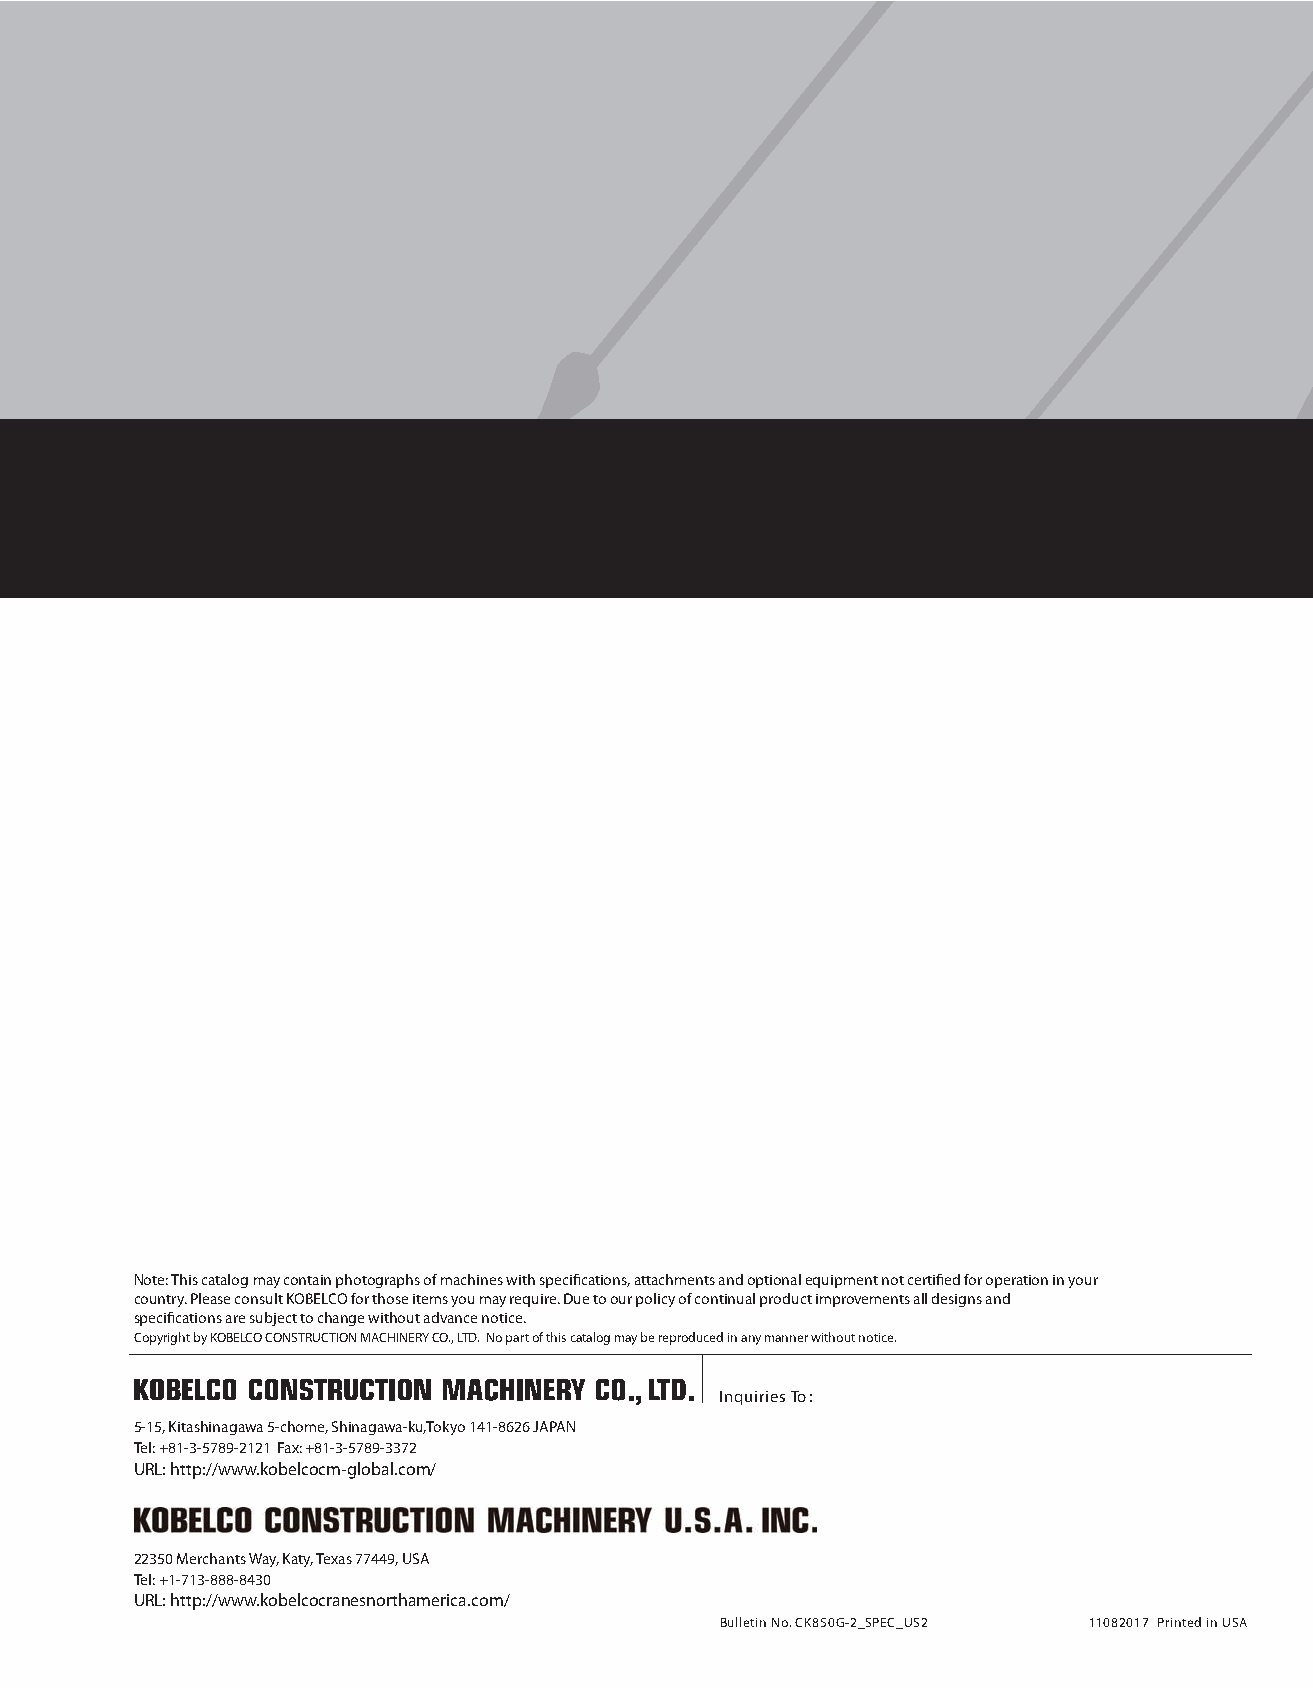
Note: This catalog may contain photographs of machines with specifications, attachments and optional equipment not certified for operation in your
 country. Please consult KOBELCO for those items you may require. Due to our policy of continual product improvements all designs and
 specifications are subject to change without advance notice.
 Copyright by KOBELCO CONSTRUCTION MACHINERY CO., LTD. No part of this catalog may be reproduced in any manner without notice.
 Inquiries To :
 5-15, Kitashinagawa 5-chome, Shinagawa-ku,Tokyo 141-8626 JAPAN
 Tel: +81-3-5789-2121 Fax: +81-3-5789-3372
 URL: http://www.kobelcocm-global.com/
 22350 Merchants Way, Katy, Texas 77449, USA
 Tel: +1-713-888-8430
 URL: http://www.kobelcocranesnorthamerica.com/
 Bulletin No. CK850G-2_SPEC_US2 11082017 Printed in USA